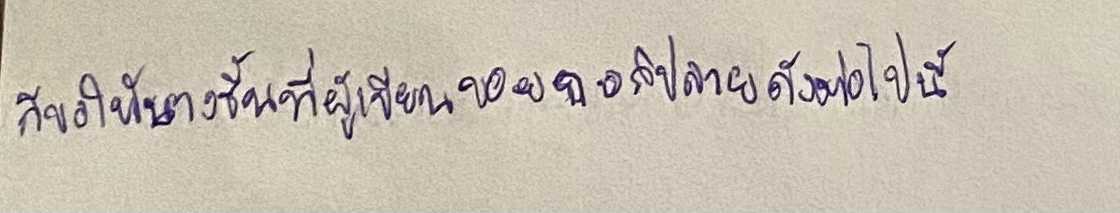
ก็ขอให้บางชิ้นที่ผู้เขียนขอยกมาอภิปรายดังต่อไปนี้